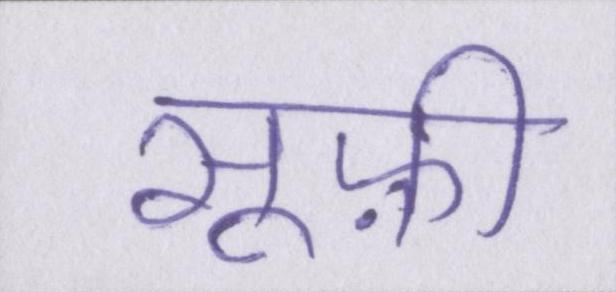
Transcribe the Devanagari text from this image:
सूफ़ी